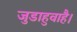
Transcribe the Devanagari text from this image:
जुडाहुवाहै।